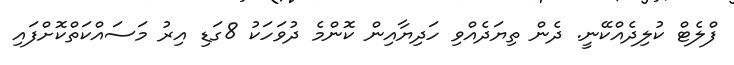
ފްލެޓް ކުލިދެއްކޭނީ. ދެން ތިޔަދެއްވި ހަދިޔާއިން ކޮންމެ ދުވަހަކު 8ގަޑި އިރު މަސައްކަތްކޮށްފައި